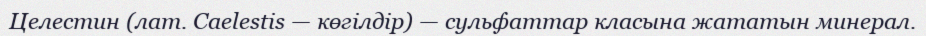
Целестин (лат. Caelestіs — көгілдір) — сульфаттар класына жататын минерал.